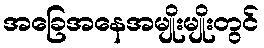
အခြေအနေအမျိုးမျိုးတွင်